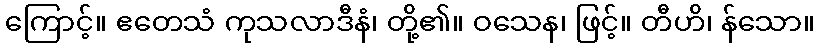
ကြောင့်။ ဧတေသံ ကုသလာဒီနံ၊ တို့၏။ ဝသေန၊ ဖြင့်။ တီဟိ၊ န်သော။